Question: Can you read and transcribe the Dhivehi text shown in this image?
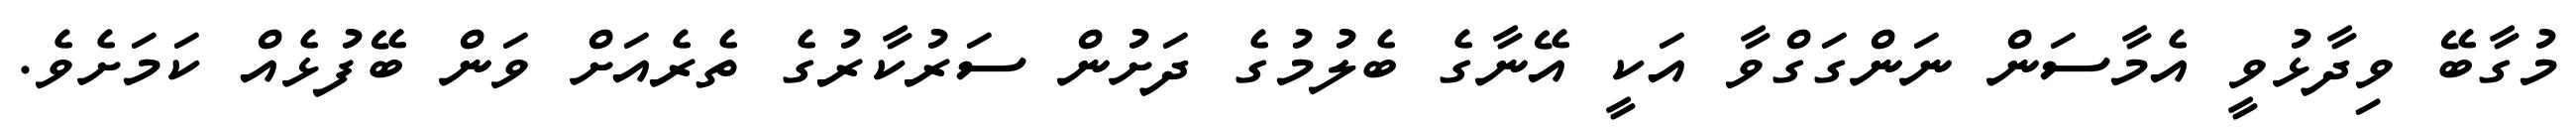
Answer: މުގާބޭ ވިދާޅުވީ އެމާސަން ނަންގަގްވާ އަކީ އޭނާގެ ބެލުމުގެ ދަށުން ސަރުކާރުގެ ތެރެއަށް ވަން ބޭފުޅެއް ކަމަށެވެ.